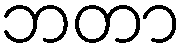
ဘတာ